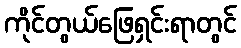
ကိုင်တွယ်ဖြေရှင်းရာတွင်